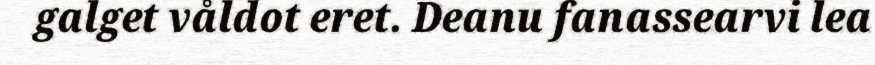
galget våldot eret. Deanu fanassearvi lea